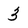
Character: 3